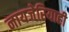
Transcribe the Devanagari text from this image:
नायजेरियाही